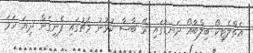
އެތްލެޓިކޯ ބިލްބާއޯ ދަނޑުގައި ރޭ ބާސާ ކުޅުނު މެޗުގައި ފެނިގެން ދިޔަ ހަމަ